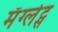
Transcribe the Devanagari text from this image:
मॅग्लेट्स